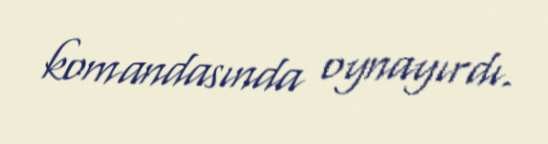
komandasında oynayırdı.